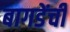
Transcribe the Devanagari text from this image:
बागडेंची